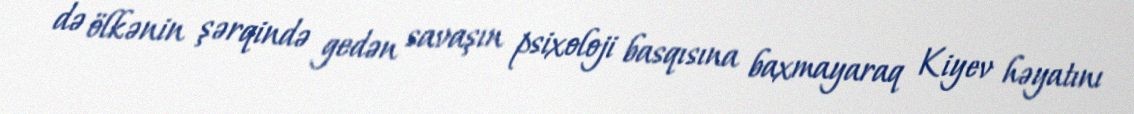
də ölkənin şərqində gedən savaşın psixoloji basqısına baxmayaraq Kiyev həyatını